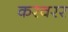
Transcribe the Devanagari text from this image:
करवरर